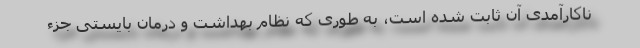
ناکارآمدی آن ثابت شده است، به طوری که نظام بهداشت و درمان بایستی جزء